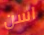
اسن